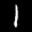
Label: 1